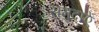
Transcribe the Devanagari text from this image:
समुदाऐ